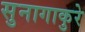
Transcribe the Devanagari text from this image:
सुनागाकुरे